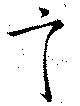
言